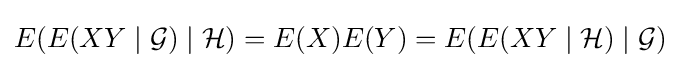
E(E(XY\mid {\mathcal {G}})\mid {\mathcal {H}})=E(X)E(Y)=E(E(XY\mid {\mathcal {H}})\mid {\mathcal {G}})